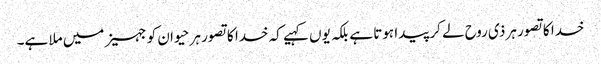
خدا کا تصور ہر ذی روح لے کر پیدا ہوتا ہے بلکہ یوں کہیے کہ خدا کا تصور ہر حیوان کو جہیز میں ملا ہے۔